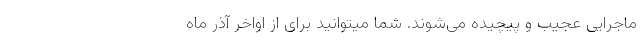
ماجرایی عجیب و پیچیده می‌شوند. شما میتوانید برای از اواخر آذر ماه